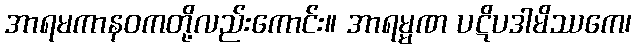
အာရမကာနဝကတို့လည်းကောင်း။ အာရမ္မဏ ပဋိပဒါမိဿကေ၊